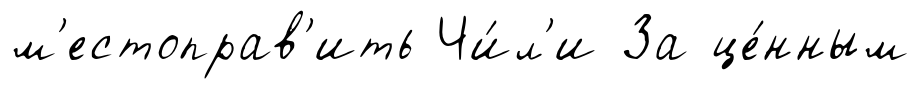
м'естоправ'ить Чи́л'и За це́нным